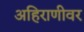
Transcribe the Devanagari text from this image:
अहिराणीवर